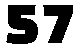
57